Indian journal of veterinary science and animal husbandry - Volume 4,
Year: 1934
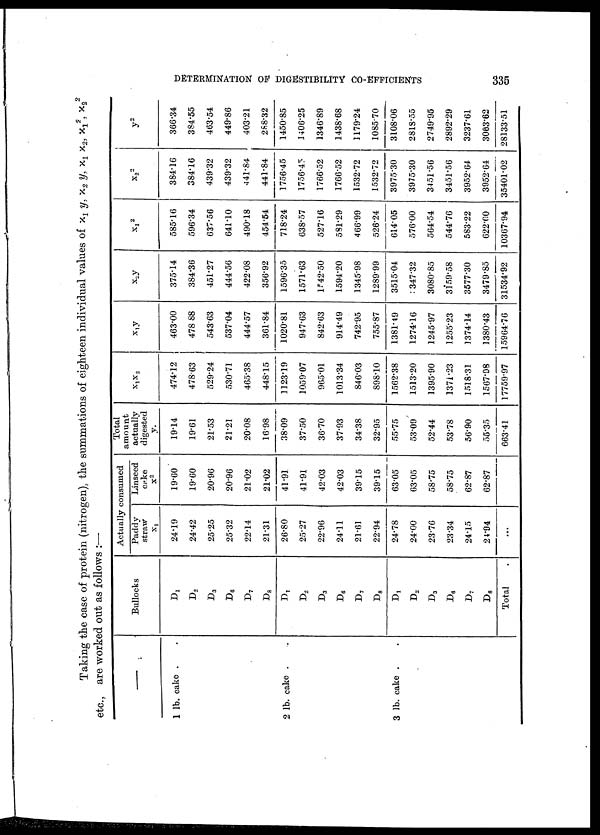
DETERMINATION OF DIGESTIBILITY CO-EFFICIENTS
335
Taking the case of protein (nitrogen), the summations of eighteen individual values of x 1 y, x 2 y, x 1 x 2, x 1
2 , x 2
2
etc., are worked out as follows :—
—
1 lb. cake . .
2 lb. cake . .
3 lb. cake . .
Bullocks
D 1
D 2
D 3
D 6
D 7
D 8
D 1
D 2
D 3
D 6
D 7
D 8
D 1
D 2
D 3
D 6
D 7
D 8
Total .
Actually
consumed
Paddy
straw
x 1
24.19
24.42
25.25
25.32
22.14
21.31
26.80
25.27
22.96
24.11
21.61
22.94
24.78
24.00
23.76
23.34
24.15
24.94
...
Linseed
cake
x 2
19.60
19.60
20.96
20.96
21.02
21.02
41.91
41.91
42.03
42.03
39.15
39.15
63.05
63.05
58.75
58.75
62.87
62.87
Total
amount
actually
digested
y.
19.14
19.61
21.53
21.21
20.08
16.98
38.09
37.50
36.70
37.93
34.38
32.95
55.75
53.09
52.44
53.78
56.90
55.35
663.41
x 1 x 2
474.12
478.63
529.24
530.71
465.38
448.15
1123.19
1059.07
965.01
1013.34
846.03
898.10
1562.38
1513.20
1395.90
1371.23
1518.31
1567.98
17759.97
x 1 y
463.00
478.88
543.63
537.04
444.57
361.84
1020.81
947.63
842.63
914.49
742.95
755.87
1381.49
1274.16
1245.97
1255.23
1374.14
1380.43
15964.76
x 2 y
375.14
384.36
451.27
444.56
422.08
356.92
1596.35
1571.63
1542.50
1594.20
1345.98
1289.99
3515.04
: 347.32
3080.85
3159.58
3577.30
3479.85
31534.92
x 1
2
585.16
596.34
637.56
641.10
490.18
454.54
718.24
638.57
527.16
581.29
466.99
526.24
614.05
576.00
564.54
544.76
583.22
622.00
10367.94
x 2
2
384.16
384.16
439.32
439.32
441.84
441.84
1756.45
1756.45
1766.52
1766.52
1532.72
1532.72
3975.30
3975.30
3451.56
3451.56
3952.64
3952.64
35401.02
y 2
366.34
384.55
463.54
449.86
403.21
288.32
1450.85
1406.25
1346.89
1438.68
1179.24
1085.70
3108.06
2818.55
2749.95
2892.29
3237.61
3063.62
28133.51